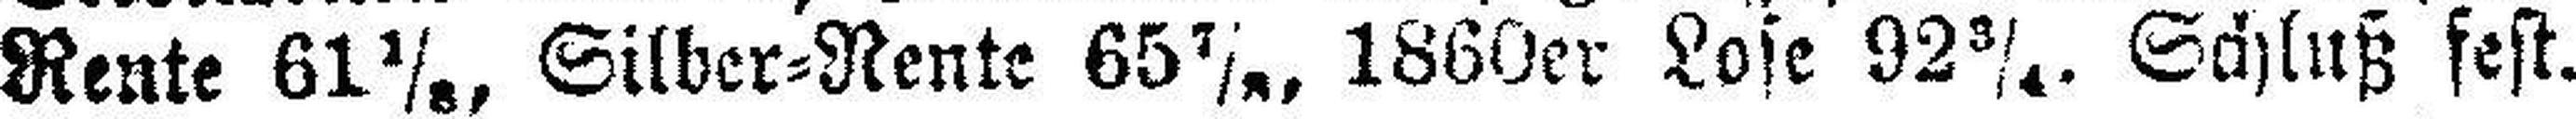
Rente 61 1/8, Silber=Rente 65 7/8, 1860er Lose 92 3/4. Schluß fest.